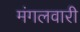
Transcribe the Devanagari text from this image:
मंगलवारी